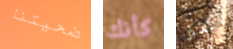
ضحيتنا كأنك أكثر